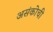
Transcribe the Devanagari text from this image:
असंकोची